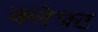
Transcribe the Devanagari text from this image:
क्लेफ़्ट